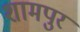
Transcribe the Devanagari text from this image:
शामपुर